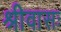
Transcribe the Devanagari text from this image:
श्रीवासः